Civil Veterinary Department Bengal reports 1933-51 - 1933-1951
Year: 1933
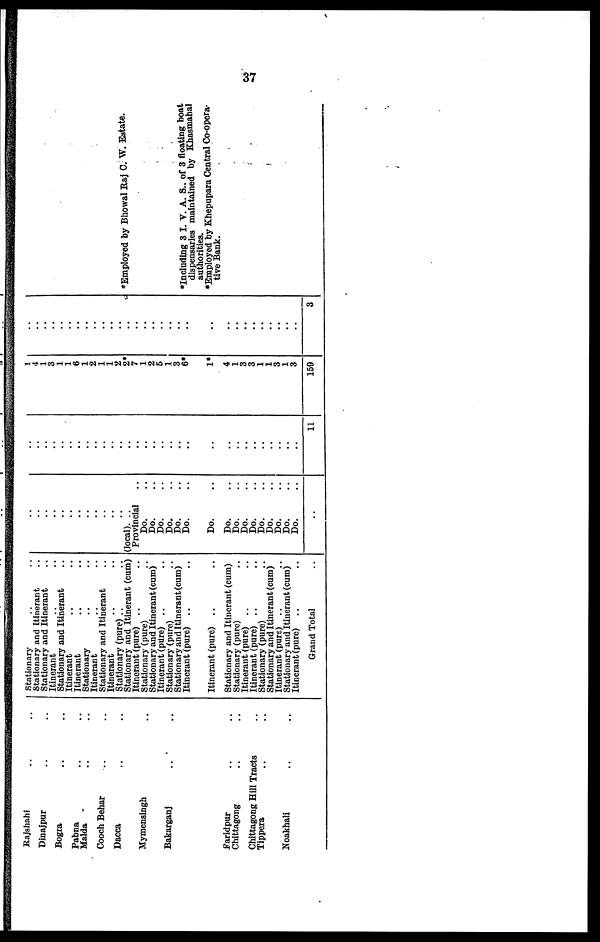
..37
Rajshahi .. ..
Dinajpur .. ..
Bogra .. ..
Pabna .. ..
Malda
..
..
Cooch Behar .. ..
Dacca .. ..
Mymensingh ..
Bakarganj
..
..
Faridpur .. ..
Chittagong
..
..
Chittagong Hill Tracts ..
Tippera .. ..
Noakhali .. ..
Stationary .. ..
Stationary and Itinerant ..
Stationary and Itinerant ..
Itinerant .. ..
Stationary and Itinerant ..
Itinerant .. ..
Itinerant .. ..
Stationary .. ..
Itinerant .. ..
Stationary and Itinerant ..
Itinerant .. ..
Stationary (pure) .. ..
Stationary and Itinerant (cum)
Itinerant (pure) .. ..
Stationary (pure) ..
Stationary and Itinerant (cum)
Itinerant (pure) .. ..
Stationary (pure) ..
Stationary and Itinerant (cum)
Itinerant (pure) .. ..
Itinerant (pure) .. ..
Stationary and Itinerant (cum)
Stationary (pure) ..
Itinerant (pure) .. ..
Itinerant (pure) .. ..
Stationary (pure) ..
Stationary and Itinerant (cum)
Itinerant (purs) .. ..
Stationary and Itinerant (cum)
Itinerant (pure) ..
Grand Total ..
..
..
..
..
..
..
..
..
..
..
..
(local). ..
Provincial ..
Do. ..
Do. ..
Do. ..
Do. ..
Do. ..
Do. ..
Do. ..
Do. ..
Do. ..
Do. ..
Do...
Do. ..
Do. ..
Do. ..
Do. ..
Do. ..
..
..
..
..
..
..
..
..
..
..
..
..
..
..
..
..
..
..
..
..
..
..
..
..
..
..
..
..
..
..
..
11
1
4
1
3
1
1
6
1
2
1
1
2
2*
7
1
2
5
1
3
6*
1*
4
1
3
3
1
1
3
1
3
159
..
..
..
..
..
..
..
..
..
..
..
..
..
..
..
..
..
..
..
..
..
..
..
..
..
..
..
..
..
..
3
*Employed by Bhowal Raj C. W. Estate.
*Including 3 I. V. A. S.. of 3 floating boat
dispensaries maintained by Khasmahal
authorities.
*Employed by Khepupara Central Co-opera-
tive Bank.